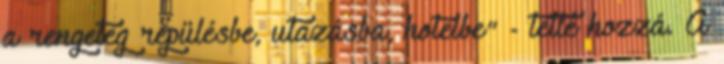
a rengeteg repülésbe, utazásba, hotelbe" - tette hozzá. A